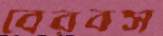
বেরবস